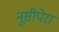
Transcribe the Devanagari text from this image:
नूसीपेरा